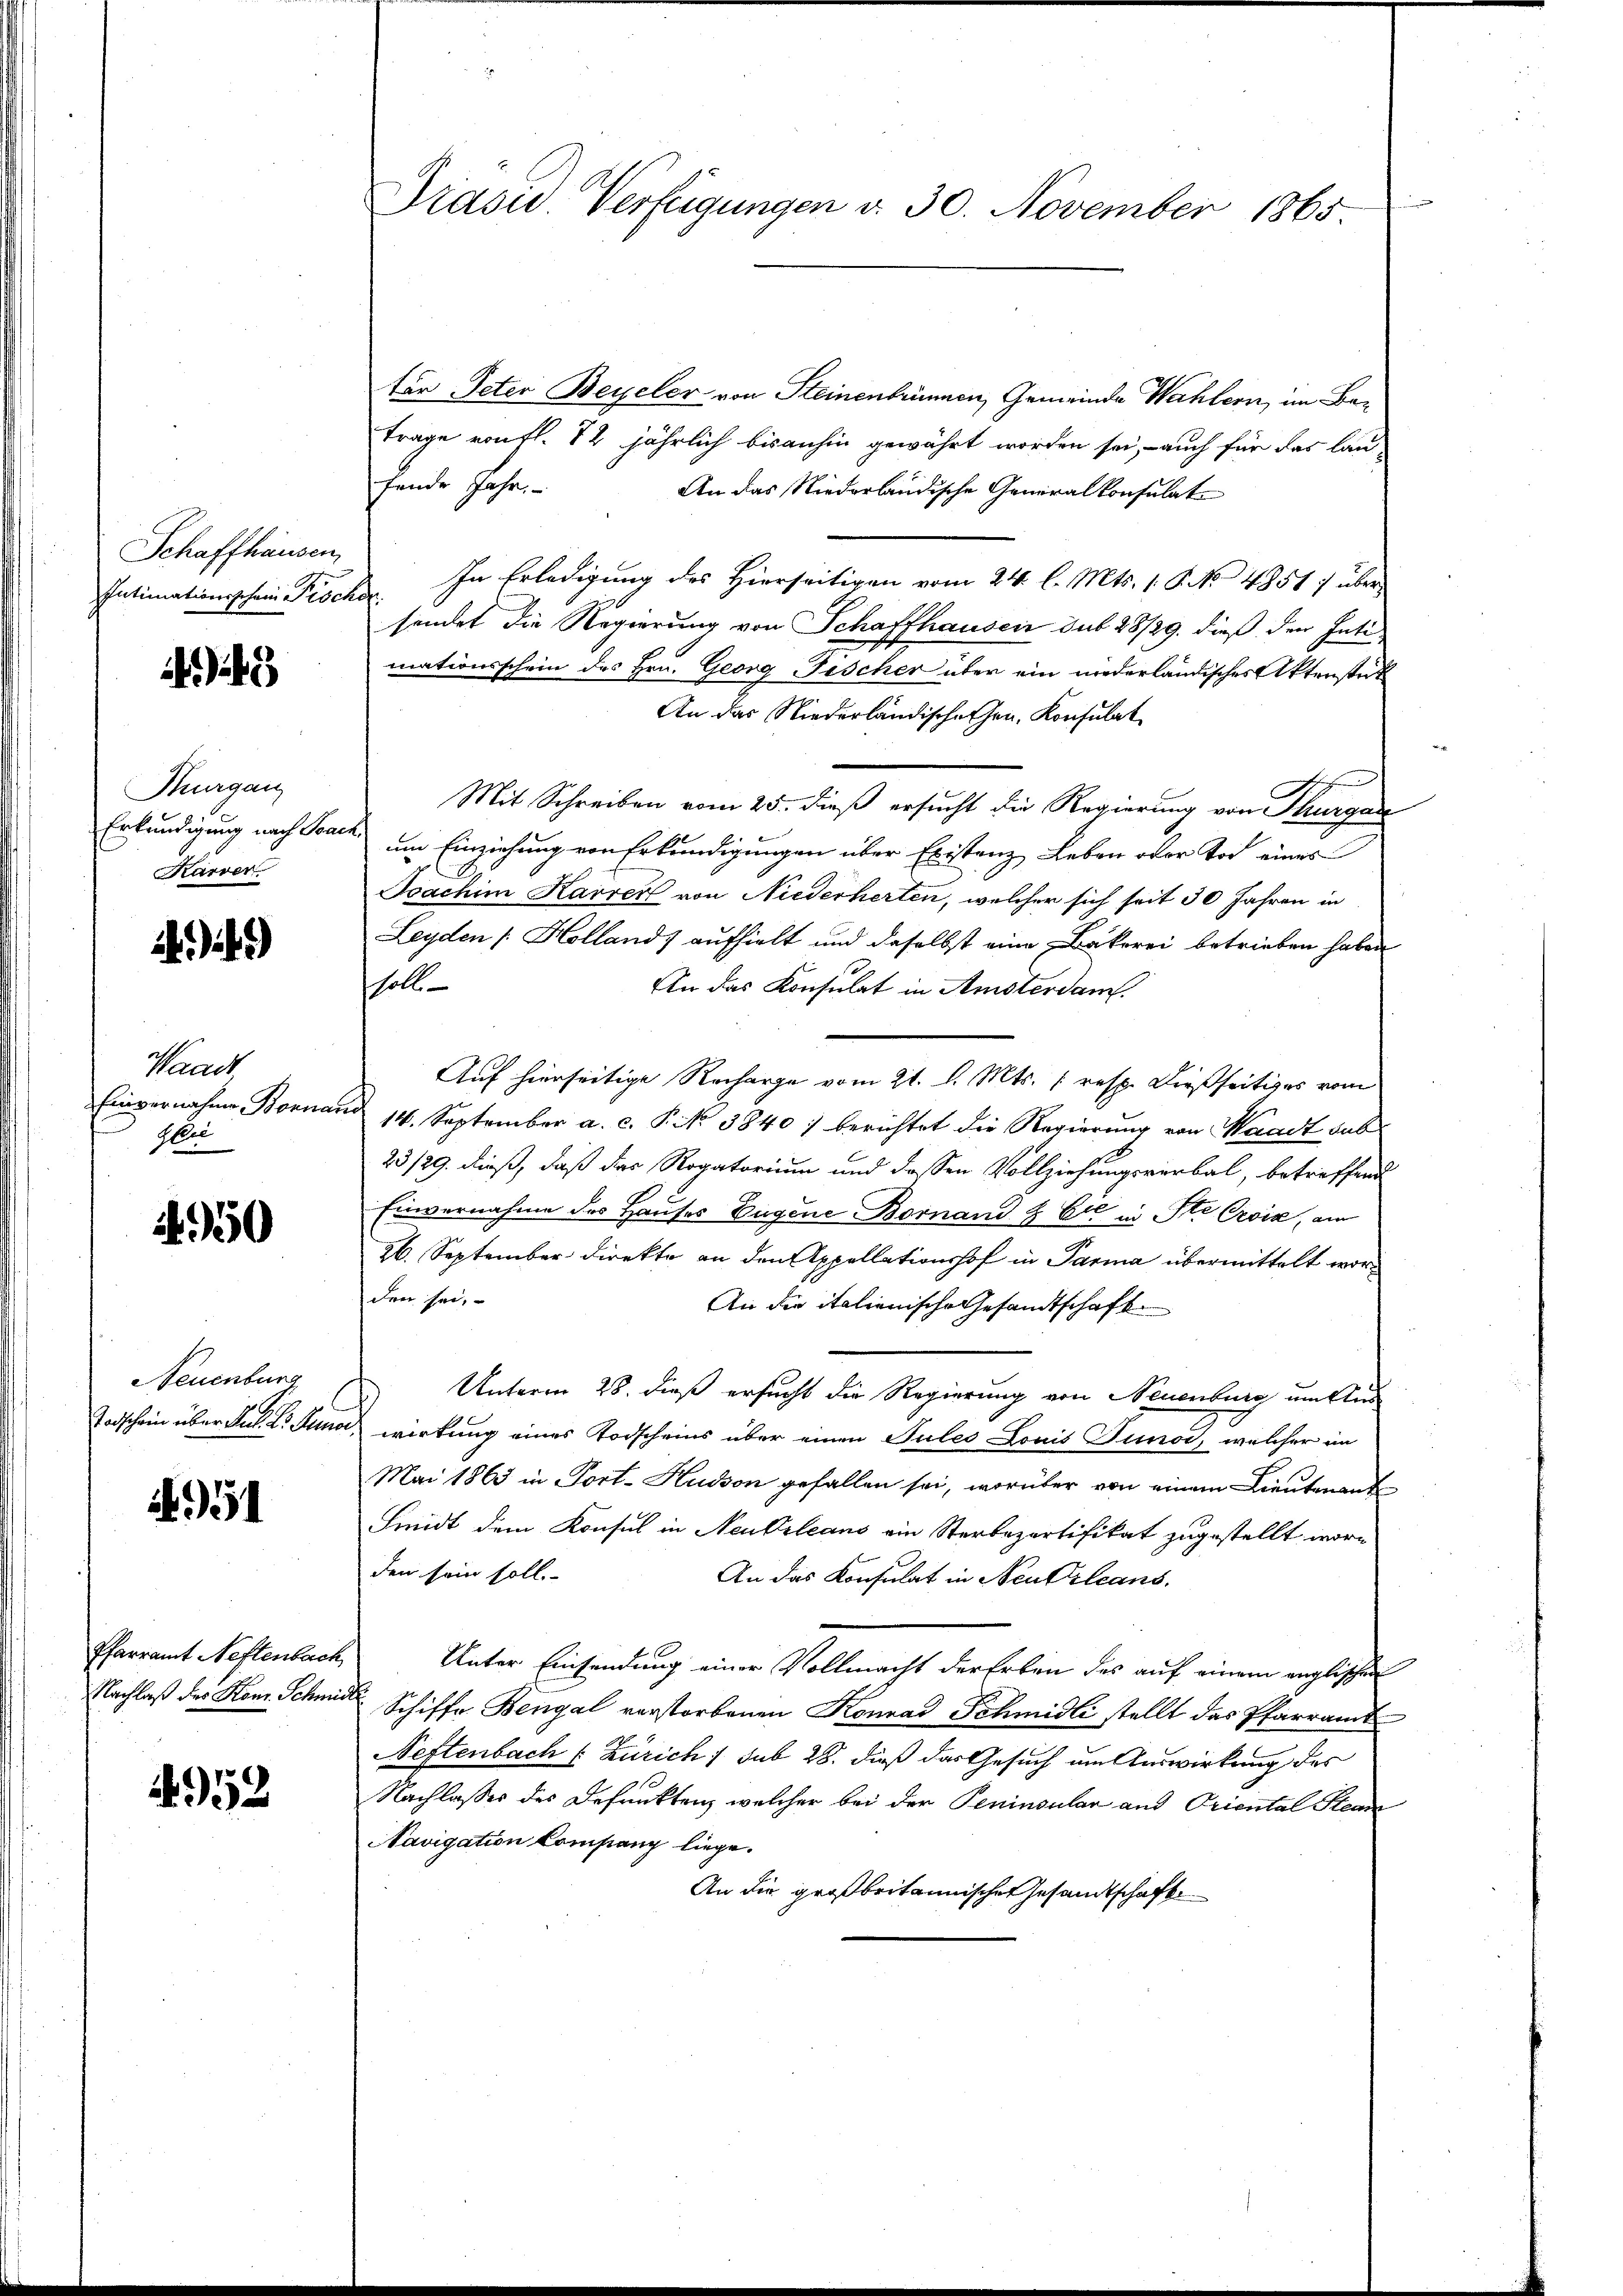
Schaffhausen,

)

Kurgan
Erkundigung nach Sac
Karver.

)

Waadt,
Einvernahme Bonnai
Gli

1950

Neuenburg
Tadschein über das L. Stenor

1951

Pfarramt Neftenbach,
Nachlaß des Konr. Schmid

4952

Prasw. Verfügungen d. 30. November 1865

ter Peter Beyeler von Steinenbrunnen, Gemeinde Wahlern, im Beträge von fl. 12 jährlich bisanhin gewährt worden sei, - auch für das lau-
fende Jahr
An das Niederländische Generalkonsulat
Intimationsschein Fische. In Erledigung des Hierseitigen vom 24. l. Mts. 1. P. No 4851) übersendet die Regierung von Schaffhausen sub 28/29. dieß den Inti-
mationsschein des Hrn. Georg Fischer über ein niederländisches Aktenstück
An das Niederländischehen. Konsulat
Mit Schreiben vom 25. dieß ersucht die Regierung von Thurgan
 um Einziehung von Erkundigungen über Existenz Leben oder Tod eines
Soachim Karrer von Niederherten, welcher sich seit 30 Jahren in
Leyden [Holland) aufhielt und daselbst eine Bakerei betrieben haben
sholte
An das Konsulat in Amsterdam.
Auf hierseitige Recharge vom 21. d. Mts. (resp. dießseitiges vom
14. September a. c. P. No 3840 berichtet die Regierung von Waadt sub
23/29. dieß, daß das Rogatorium und dessen Vollziehungsverbal, betreffend
Einvernahme des Hauses Eugene Bornand & Er in Ste Croix, am
26. September direkte an den Appellationshof in Parma übermittelt worden sei,
An die italienische Gesandtschaft
Unterm 28. dieß ersucht die Regierung von Neuenburg um Aus
wirkung eines Todscheins über einen Jules Louis Tuor, welcher in
Mai 1863 in Port-Hudson gefallen sei, worüber von einem Lieutenante
Smidt dem Konsul in Neubeleans ein Sterbepartifikat zugestellt worden sein soll.
An das Konsulat in Neu Orleans
Unter Einsendung einer Vollmacht der Erben des auf einem englischen
Schiffe Bengal verstorbenen Konrad Schmidli stellt das Pfarramt
Neftenbach (Zürich / sub 28. dieß das Gesuch um Auswirkung des
Nachlasses des Defunkten, welcher bei der Peninsular und Oriental Stem
Navigation Company liege.
An die großbritannischen Gesandtschaft